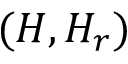
( H , H _ { r } )